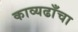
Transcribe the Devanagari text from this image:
काव्यढाँचा